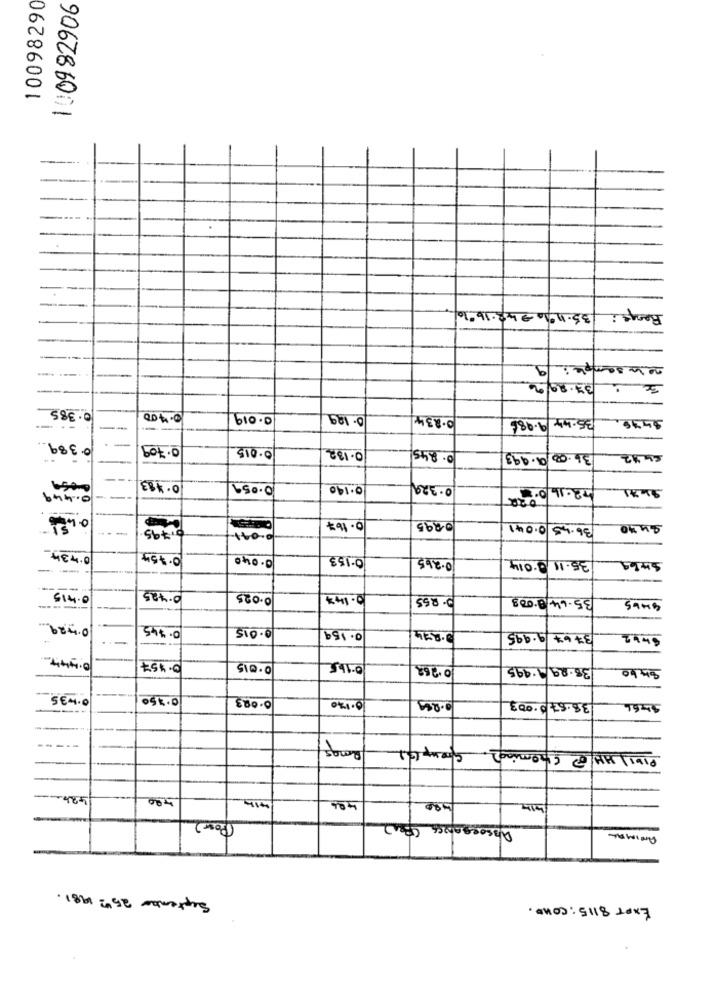
10098290
906286001
35.121848.16%
Range :
nowo sample: 9
37.80/2
0.385
0.400
0.019
0.129
0.234
35.44 9.986
$436
0.389
0.709
0 .015
0.132
0.845/
36.00 9.993
0.413
10.059
0.140
0.329
42-16 00
9671
-0.449
0.795
0-041
0.167
0.995
36.45 0.041
-
0.734
0.754
0.040
0-153
0.2.65
--
35.11 0.014
5469
0.415
0.7.25
0.025
10.144
- RS5
35-64/2.008
0.429
0.345
0.015
0.159
3.974
3767 9.995
6442
0.444
0.457
0.015
0-165
0.762
38.29/1.995
8460
0.435
0.350
0.120
38.57 0.003
PixiJ HH @ Choming2.
424-
4,00
406
(Pos)
ANIMAL
September 25th2 1981.
EXPT 8115 : cono.